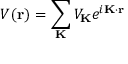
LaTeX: V ( \mathbf { r } ) = \sum _ { \mathbf { K } } { V _ { \mathbf { K } } e ^ { i \mathbf { K } \cdot \mathbf { r } } }